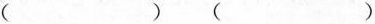
()()